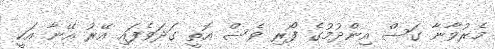
މެރުވާނާ ގަސް އިންދުމުގެ ފޯރި ވެސް އޮތީ ގަދަވެފައި އޭރު އޭނާ އަކީ